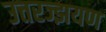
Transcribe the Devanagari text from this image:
उत्तरज्झयण